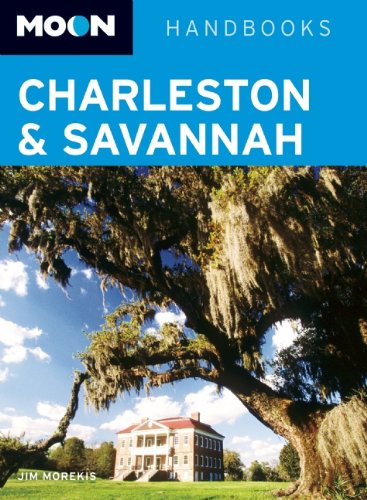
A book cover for Moon Charleston & Savannah (Moon Handbooks); Jim Morekis; Travel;